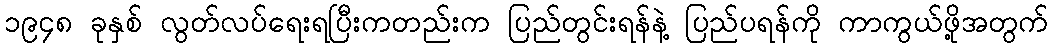
၁၉၄၈ ခုနှစ် လွတ်လပ်ရေးရပြီးကတည်းက ပြည်တွင်းရန်နဲ့ ပြည်ပရန်ကို ကာကွယ်ဖို့အတွက်